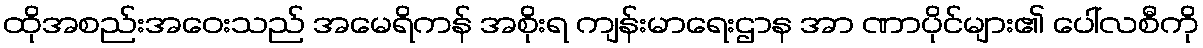
ထိုအစည်းအဝေးသည် အမေရိကန် အစိုးရ ကျန်းမာရေးဌာန အာ ဏာပိုင်များ၏ ပေါ်လစီကို